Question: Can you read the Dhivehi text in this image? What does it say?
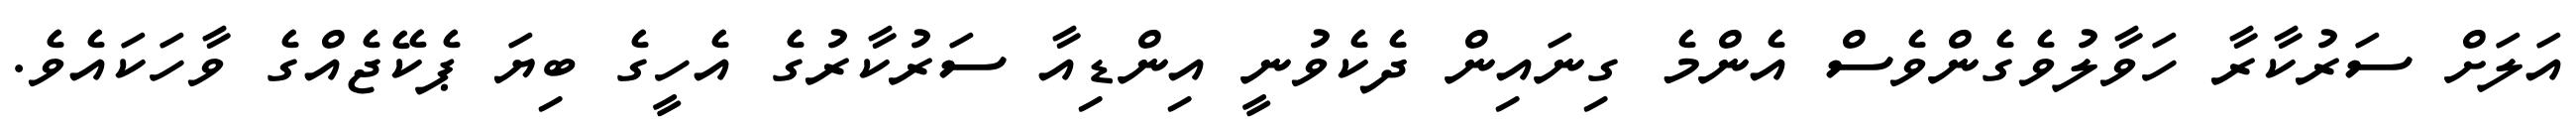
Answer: އަލަށް ސަރުކާރާ ހަވާލުވެގެންވެސް އެންމެ ގިނައިން ދެކެވުނީ އިންޑިއާ ސަރުކާރުގެ އެހީގެ ބިޔަ ޕެކޭޖެއްގެ ވާހަކައެވެ.